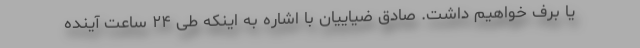
یا برف خواهیم داشت. صادق ضیاییان با اشاره به اینکه طی ۲۴ ساعت آینده